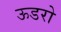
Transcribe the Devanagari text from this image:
ऊडरो